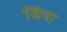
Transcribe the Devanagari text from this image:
स्रिया